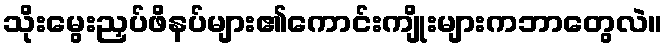
သိုးမွေးညှပ်ဖိနပ်များ၏ကောင်းကျိုးများကဘာတွေလဲ။